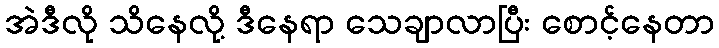
အဲဒီလို သိနေလို့ ဒီနေရာ သေချာလာပြီး စောင့်နေတာ